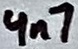
Text: 4n7